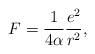
LaTeX: \begin{align*} F=\frac{1}{4\alpha}\frac{e^{2}}{r^{2}},\end{align*}